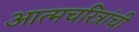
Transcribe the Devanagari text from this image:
आत्मचरित्रांची